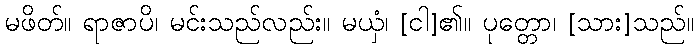
မဖိတ်။ ရာဇာပိ၊ မင်းသည်လည်း။ မယှံ၊ [ငါ]၏။ ပုတ္တော၊ [သား]သည်။